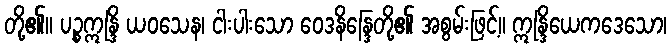
တို့၏။ ပဉ္စဣန္ဒြိ ယဝသေန၊ ငါးပါးသော ဝေဒနိန္ဒြေတို့၏ အစွမ်းဖြင့်။ ဣန္ဒြိယေကဒေသော၊